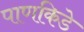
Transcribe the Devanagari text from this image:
पाणकिडे